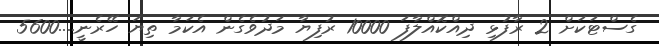
ގެސްޓަކަށް 2 ރާފުޅި ދިއްކޮއްލާފަ 10000 ރުފިޔާ މަދުވެގެން އެކަމާ ތިޔަ ހޭރެނީ....5600